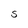
Character: S